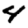
Digit: 4